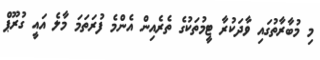
މި މުބާރާތުގައި ވާދަކުރާ ޓީމުތަކުގެ ތެރެއިން އެންމެ ފުރަތަމަ މާލެ އައީ ގުރޫޕް